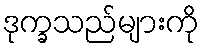
ဒုက္ခသည်များကို